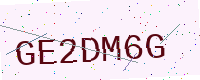
Text: GE2DM6G